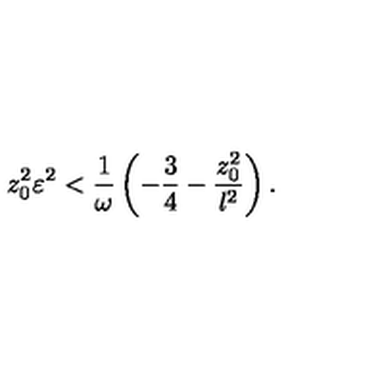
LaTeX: z _ { 0 } ^ { 2 } \varepsilon ^ { 2 } < { \frac { 1 } { \omega } } \left( - { \frac { 3 } { 4 } } - { \frac { z _ { 0 } ^ { 2 } } { l ^ { 2 } } } \right) .